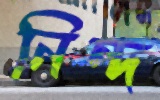
নিন্দ